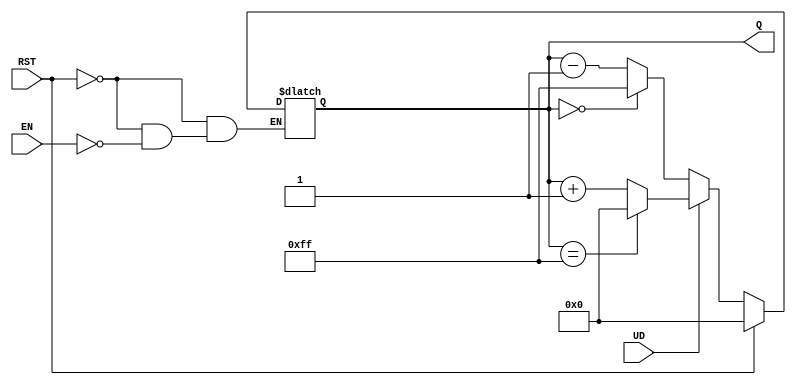
module UpDownCounter (
    input wire UD,        // Up/Down control signal
    input wire EN,        // Enable signal
    input wire RST,       // Asynchronous reset signal
    output reg [7:0] Q    // 8-bit output count
);

    // Define the maximum count value for an 8-bit counter
    localparam MAX_COUNT = 8'hFF; // 255 in decimal

    // Asynchronous reset and counting logic
    always @(*) begin
        if (RST) begin
            Q = 8'b00000000; // Reset the counter to 0
        end else if (EN) begin
            if (UD) begin
                // Count up
                if (Q == MAX_COUNT) begin
                    Q = 8'b00000000; // Wrap around to 0
                end else begin
                    Q = Q + 1; // Increment count
                end
            end else begin
                // Count down
                if (Q == 8'b00000000) begin
                    Q = MAX_COUNT; // Wrap around to MAX_COUNT
                end else begin
                    Q = Q - 1; // Decrement count
                end
            end
        end
    end

endmodule